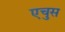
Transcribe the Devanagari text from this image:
एचुस